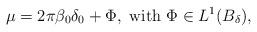
LaTeX: \begin{align*}\mu=2 \pi \beta_0\delta_0+\Phi, \hbox{ with } \Phi\in L^{1}(B_{\delta}),\end{align*}